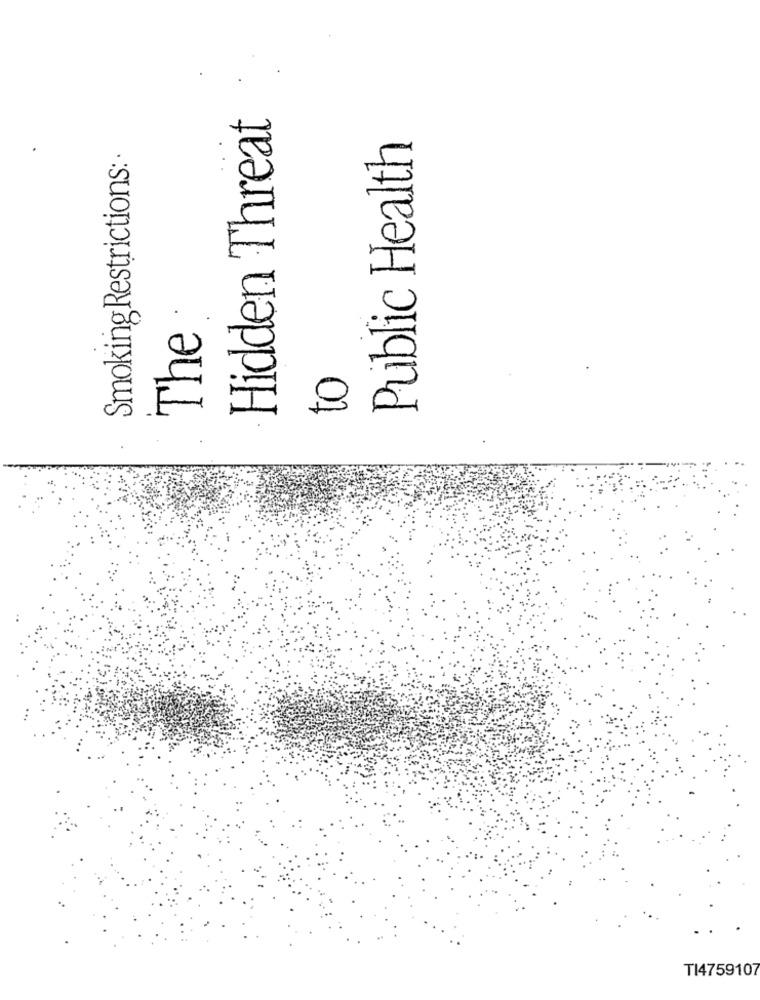
Hidden Threat
Public Health
Smoking Restrictions: ·
The
TI4759107